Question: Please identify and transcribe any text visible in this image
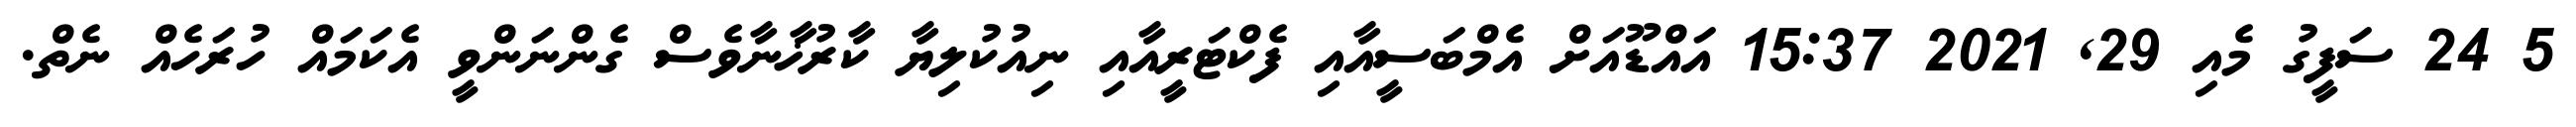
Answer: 5 24 ސަފީގު މެއި 29, 2021 15:37 އައްޑޫއަށް އެމްބަސީއާއި ފެކްޓަރީއާއި ނިއުކުލިޔާ ކާރުޚާނާވެސް ގެންނަންވީ އެކަމައް ހުރަހެއް ނެތް.